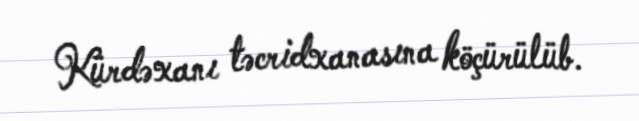
Kürdəxanı təcridxanasına köçürülüb.